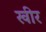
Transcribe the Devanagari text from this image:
खीर